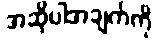
အဆိုပါအချက်ကို